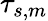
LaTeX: \tau_{s,m}